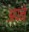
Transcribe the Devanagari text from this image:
अपने